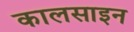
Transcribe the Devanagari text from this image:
कालसाइन